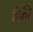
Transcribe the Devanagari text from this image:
हैकी